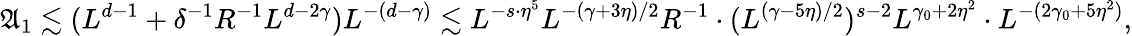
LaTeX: \mathfrak A_{1}\lesssim(L^{d-1}+\delta^{-1}R^{-1}L^{d-2\gamma})L^{-(d-\gamma)}\lesssim L^{-s\cdot\eta^{5}}L^{-(\gamma+3\eta)/2}R^{-1}\cdot(L^{(\gamma-5\eta)/2})^{s-2}L^{\gamma_{0}+2\eta^{2}}\cdot L^{-(2\gamma_{0}+5\eta^{2})},